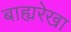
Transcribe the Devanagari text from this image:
बाह्यरेखा